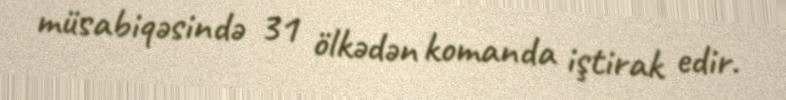
müsabiqəsində 31 ölkədən komanda iştirak edir.